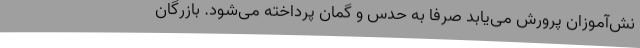
نش‌آموزان پرورش می‌یابد صرفا به حدس و گمان پرداخته می‌شود. بازرگان